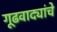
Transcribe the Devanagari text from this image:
गूढवाद्यांचे